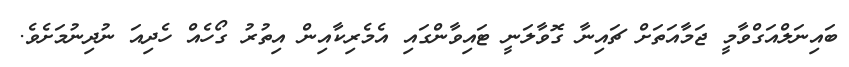
ބައިނަލްއަގްވާމީ ޖަމާއަތަށް ޗައިނާ ގޮވާލަނީ ޓައިވާންގައި އެމެރިކާއިން އިތުރު ގޯހެއް ހެދިއަ ނުދިނުމަށެވެ.